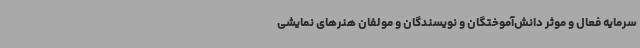
سرمایه فعال و موثر دانش‌آموختگان و نویسندگان و مولفان هنرهای نمایشی